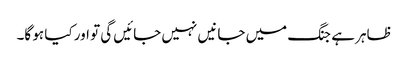
ظاہر ہے جنگ میں جانیں نہیں جائیں گی تو اور کیا ہو گا۔